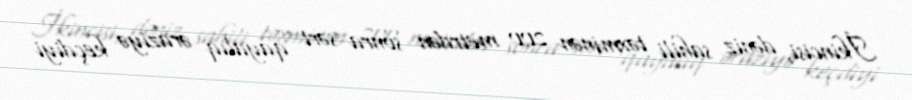
İkincisi, dəniz sahili təxminən 200 metrdən sonra sərt qayalıq əraziyə keçdiyi